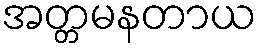
အတ္တမနတာယ